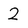
Character: 2